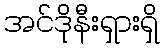
အင်ဒိုနီးရှားရှိ